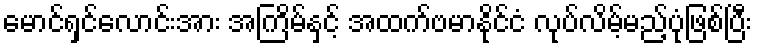
မောင်ရှင်လောင်းအား အကြိမ်နှင့် အထက်ဗမာနိုင်ငံ လုပ်လိမ့်မည့်ပုံဖြစ်ပြီး